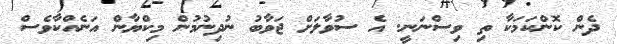
ދެން ކޮންކަމަކާ ތި ވިސްނަނީ. އެ ސުވާލަށް ޖަވާބު ނުދިނުމުން މިކްޔާން އަނެއްކާވެސް